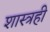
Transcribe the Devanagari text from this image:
शास्त्रही